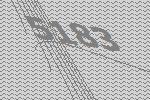
5183